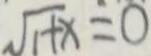
\sqrt { 1 + x } = 0